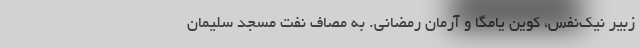
زبیر نیک‌نفس، کوین یامگا و آرمان رمضانی. به مصاف نفت مسجد سلیمان